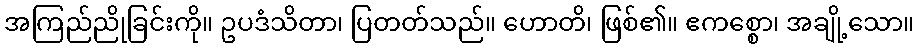
အကြည်ညိုခြင်းကို။ ဥပဒံသိတာ၊ ပြတတ်သည်။ ဟောတိ၊ ဖြစ်၏။ ဧကစ္စော၊ အချို့သော။